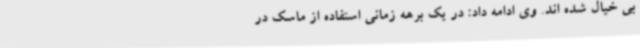
بی خیال شده اند. وی ادامه داد: در یک برهه زمانی استفاده از ماسک در